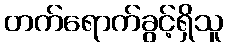
တက်ရောက်ခွင့်ရှိသူ